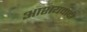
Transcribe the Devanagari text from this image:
आशयवादी